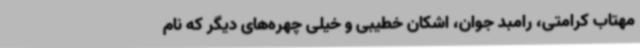
مهتاب کرامتی، رامبد جوان، اشکان خطیبی و خیلی چهره‌های دیگر که نام